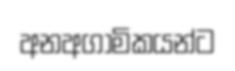
අනඅගාමිකයන්ට